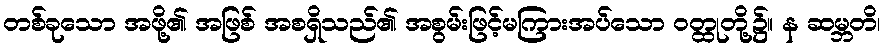
တစ်ခုသော အဖို့၏ အဖြစ် အစရှိသည်၏ အစွမ်းဖြင့်မကြားအပ်သော ဝတ္ထုတို့၌။ န ဆမ္ဘတိ၊